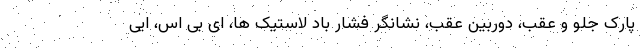
پارک جلو و عقب، دوربین عقب، نشانگر فشار باد لاستیک ها، ای بی اس، ایی